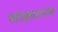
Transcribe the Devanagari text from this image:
फतेउल्लाखानाला